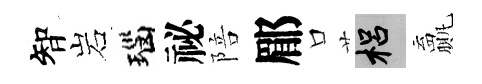
智岩瑙祕陪郿口梠贏